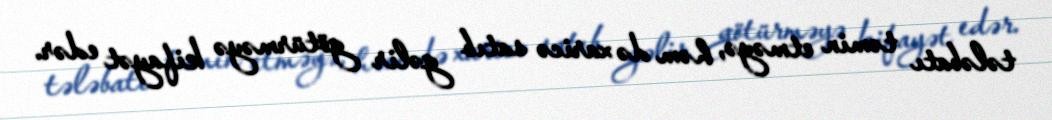
tələbatı təmin etməyə, həm də xaricə satıb gəlir götürməyə kifayət edər.